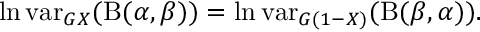
\ln \operatorname { v a r } _ { G X } ( \mathrm { B } ( \alpha , \beta ) ) = \ln \operatorname { v a r } _ { G ( 1 - X ) } ( \mathrm { B } ( \beta , \alpha ) ) .